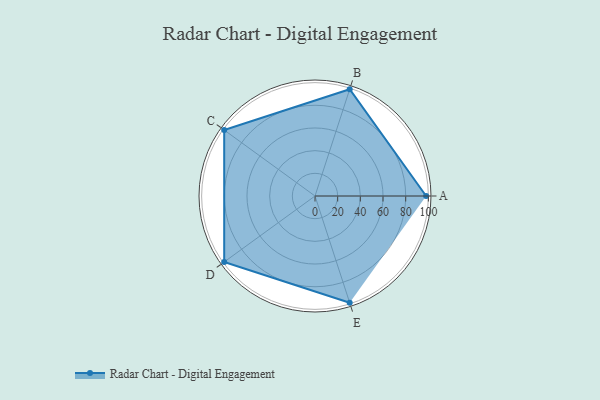
{"axis": {"x": "Skill", "y": "Score"}, "legend": ["Profile"], "data": [{"x": "A", "y": 98.0, "type": "Profile"}, {"x": "B", "y": 99.0, "type": "Profile"}, {"x": "C", "y": 99, "type": "Profile"}, {"x": "D", "y": 99, "type": "Profile"}, {"x": "E", "y": 99, "type": "Profile"}]}